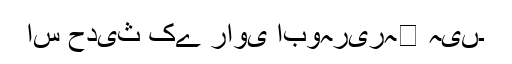
اس حدیث کے راوی ابوہریرہ﷜ ہیں۔